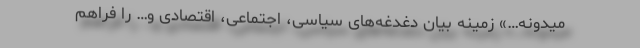
میدونه…» زمینه بیان دغدغه‌های سیاسی، اجتماعی، اقتصادی و… را فراهم